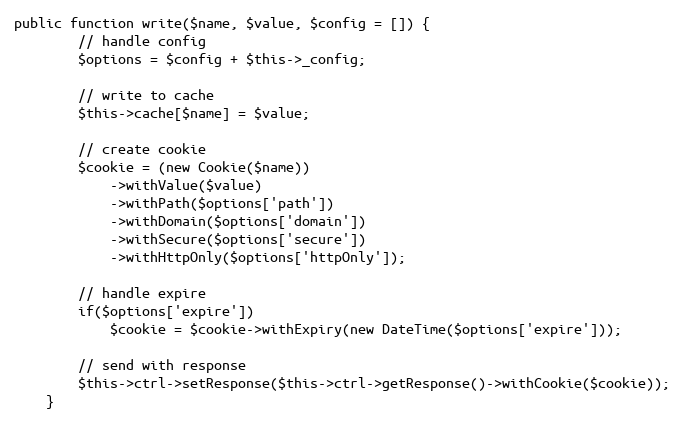
Language: PHP
public function write($name, $value, $config = []) {
        // handle config
        $options = $config + $this->_config;

        // write to cache
        $this->cache[$name] = $value;

        // create cookie
        $cookie = (new Cookie($name))
            ->withValue($value)
            ->withPath($options['path'])
            ->withDomain($options['domain'])
            ->withSecure($options['secure'])
            ->withHttpOnly($options['httpOnly']);

        // handle expire
        if($options['expire'])
            $cookie = $cookie->withExpiry(new DateTime($options['expire']));

        // send with response
        $this->ctrl->setResponse($this->ctrl->getResponse()->withCookie($cookie));
    }